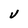
Character: V